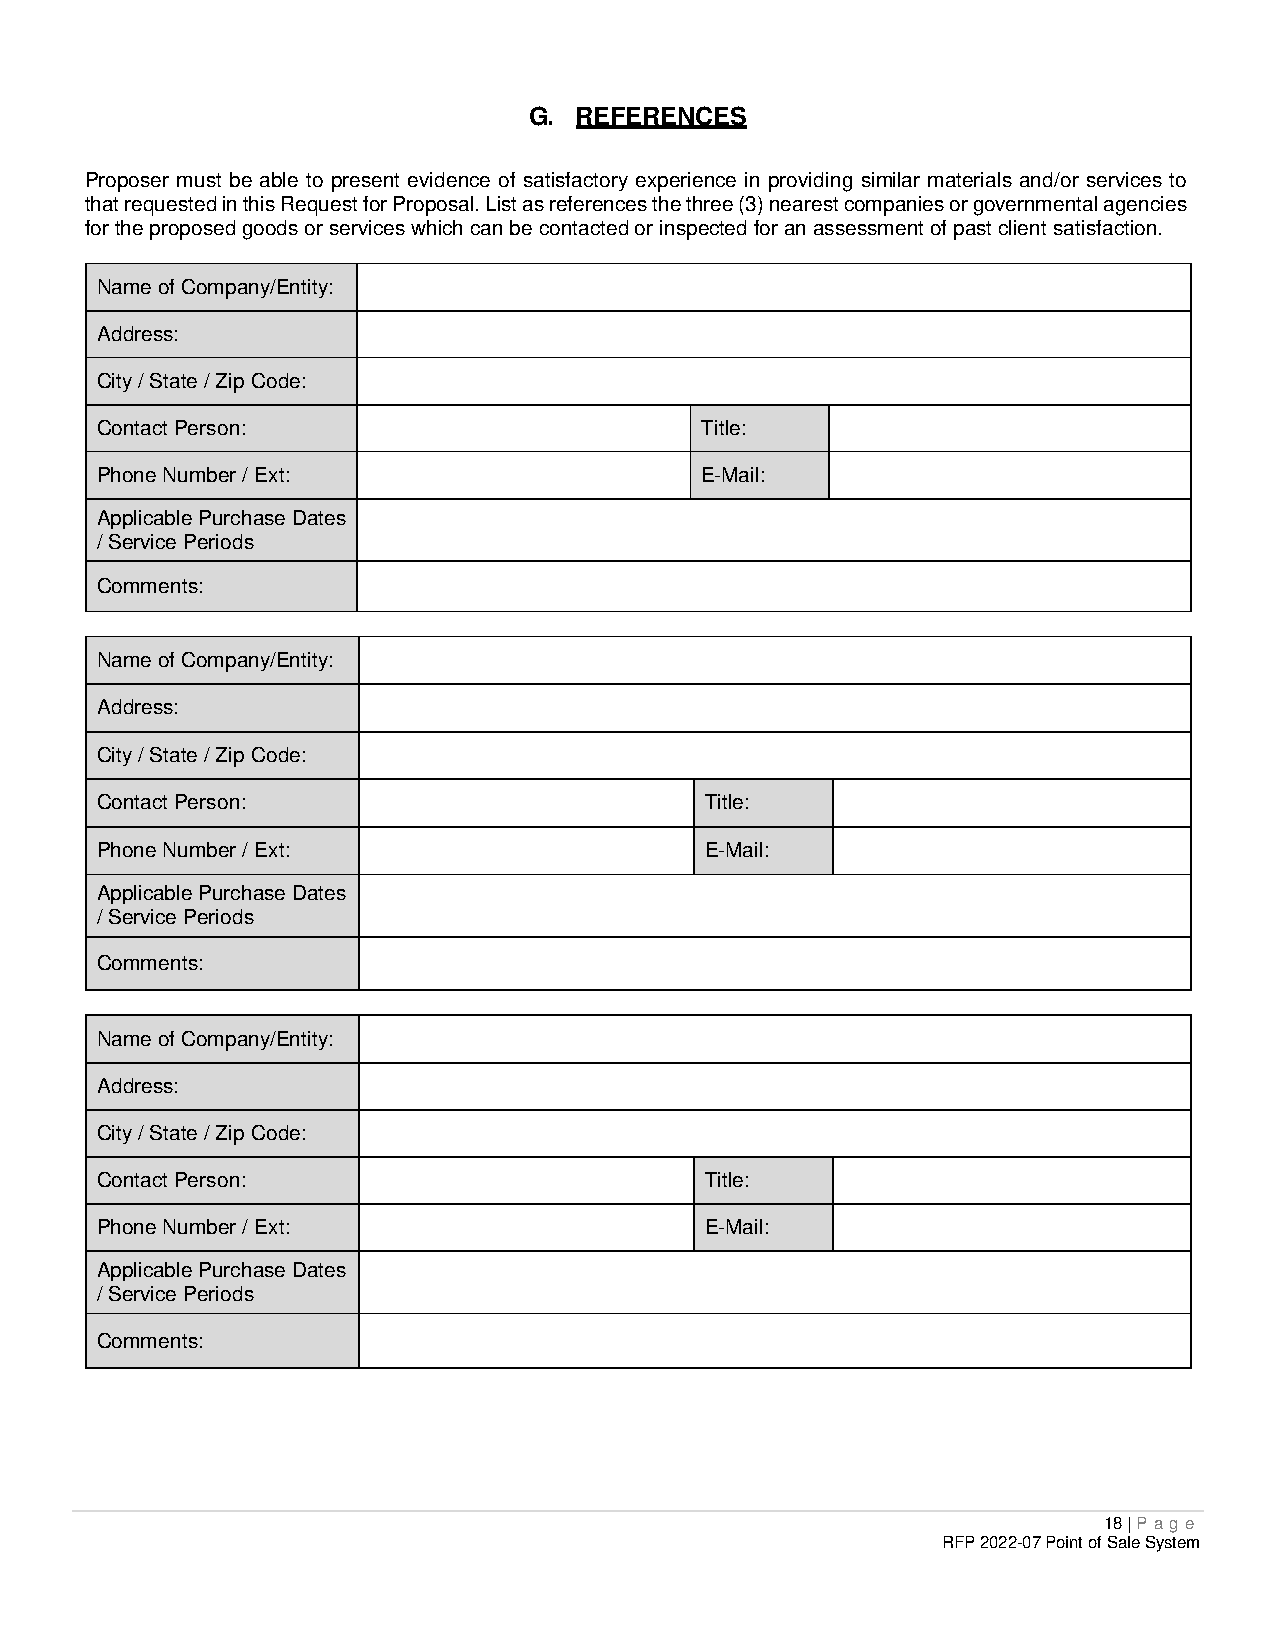
G. REFERENCES
 Proposer must be able to present evidence of satisfactory experience in providing similar materials and/or services to
 that requested in this Request for Proposal. List as references the three (3) nearest companies or governmental agencies
 for the proposed goods or services which can be contacted or inspected for an assessment of past client satisfaction.
 Name of Company/Entity:
 Address:
 City / State / Zip Code:
 Contact Person:                         Title:
 Phone Number / Ext:                     E-Mail:
 Applicable Purchase Dates
 / Service Periods
 Comments:
 Name of Company/Entity:
 Address:
 City / State / Zip Code:
 Contact Person:                          Title:
 Phone Number / Ext:                      E-Mail:
 Applicable Purchase Dates
 / Service Periods
 Comments:
 Name of Company/Entity:
 Address:
 City / State / Zip Code:
 Contact Person:                          Title:
 Phone Number / Ext:                      E-Mail:
 Applicable Purchase Dates
 / Service Periods
 Comments:
 18 | P age
 RFP 2022-07 Point of Sale System